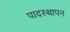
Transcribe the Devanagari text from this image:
पादस्थापन